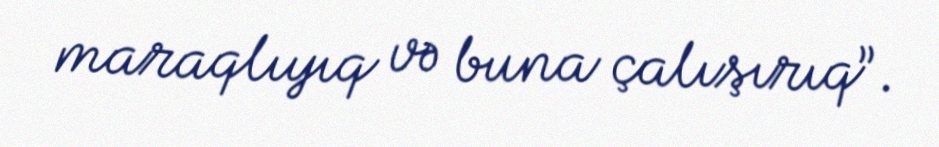
maraqlıyıq və buna çalışırıq”.